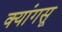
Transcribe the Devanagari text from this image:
क्यांगसू